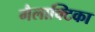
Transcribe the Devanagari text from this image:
गैलाक्टिका